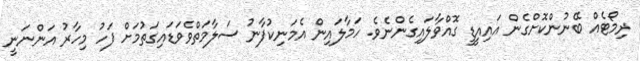
ރިމޯޓެއް ބޭނުންކޮށްގެން އައިއީޑީ ގޮއްވާލައިގެންނެވެ. ހަމާލައިން އެމަނިކުފާނު ސަލާމަތްވެވަޑައިގަތުމަށް ފަހު މިހާރު އަންނަނީ